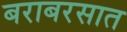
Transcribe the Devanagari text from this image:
बराबरसात